Vaccination in Bombay 1913-1923 - 1913-1923
Year: 1913
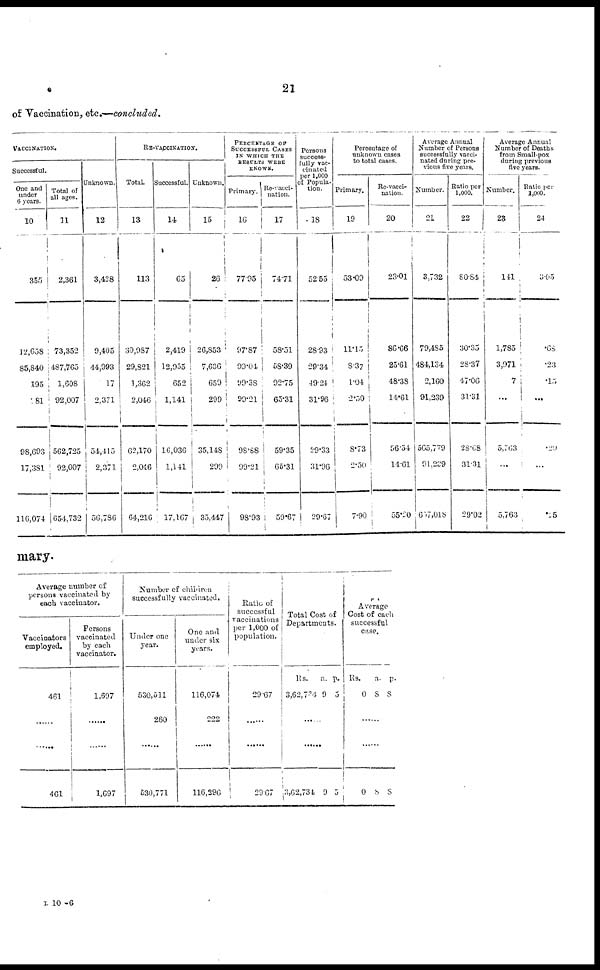
21
of Vaccination, etc.—concluded.
VACCINATION.
Successful.
One and
under
6 years.
10
355
12,658
85,840
195
781
98,693
17,381
116,074
Total of
all ages.
11
2,361
73,352
487,765
1,608
92,007
562,725
92,007
654,732
Unknown.
12
3,428
9,405
44,993
17
2,371
54,415
2,371
56,786
RE-VACCINATION.
Total.
13
113
30,987
29,821
1,362
2,046
62,170
2,046
64,216
Successful.
14
65
2,419
12,955
652
1,141
16,036
1,141
17,167
Unknown.
15
26
26,853
7,636
659
299
35,148
299
35,447
PERCENTAGE OF
SUCCESSFUL CASES
IN WHICH THE
RESULTS WERE
KNOWN.
Primary.
16
77.95
97.87
99,04
99.38
99.21
98.88
99.21
98.93
Re-vacci¬
nation.
17
74.71
58.51
58,39
92.75
65.31
59.35
65.31
59.67
Persons
success-
fully vac-
cinated
per 1,000
of Popula-
tion.
18
52.55
28.93
29,34
49.24
31.96
29.33
31.96
29.67
Percentage of
unknown cases
to total cases.
Primary.
19
53.09
11.15
8,37
1.04
2.50
8.73
2.50
7.90
Re-vacci-
nation.
20
23.01
86.66
25.61
48.38
14.61
56.54
14.61
55.20
Average Annual
Number of Persons
successfully vacci-
nated during pre-
vious five years.
Number.
21
3,732
79,485
484,134
2,160
91,239
565,779
91,239
657,018
Ratio per
1,000.
22
80.84
30.35
28.37
47.06
31.31
23.68
31.31
29.02
Average Annual
Number of Deaths
from Small-pox
during previous
five years.
Number.
23
141
1,785
3,971
7
...
5,763
...
5,763
Ratio per
1,000.
24
3.05
.68
.23
.15
...
.29
...
.25
mary.
Average number of
persons vaccinated by
each vaccinator.
Vaccinators
employed.
461
......
......
461
Persons
vaccinated
by each
vaccinator.
1,697
......
......
1,697
Number of children
successfully vaccinated.
Under one
year.
530,511
260
......
530,771
One and
under six
years.
116,074
222
......
116,296
Ratio of
successful
vaccinations
per 1,000 of
population.
29.67
......
......
29.67
Total Cost of
Departments.
Rs.
3,62,724
a.
9
p.
5
......
......
3,62,734 9 5
Average
Cost of each
successful
Case.
Rs.
0
a.
8
p.
8
......
......
0 8 8
L 10—6